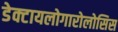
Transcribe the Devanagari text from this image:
डेक्टायलोगारोलोसिस